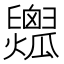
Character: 𤬟